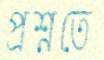
প্রশ্নতে